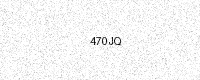
Text: 470JQ